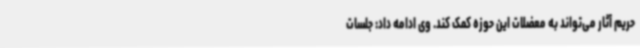
حریم آثار می‌تواند به معضلات این حوزه کمک کند. وی ادامه داد: جلسات